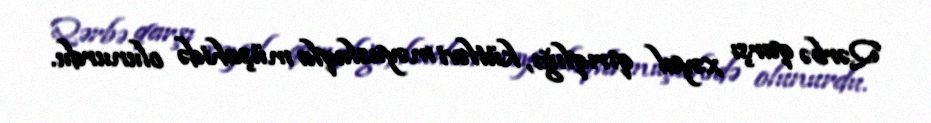
Qərbə qarşı xəyal qırıqlığı, kütləvi məyusluqla müşahidə olunurdu.